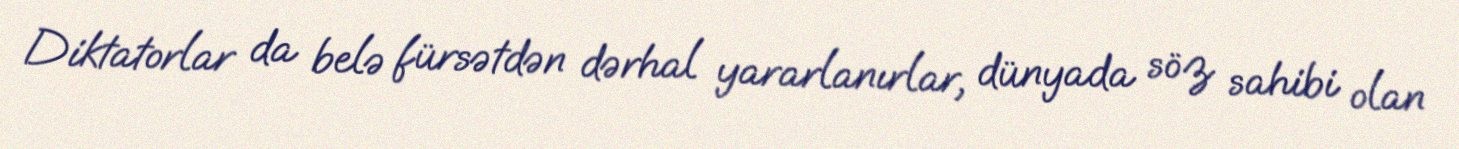
Diktatorlar da belə fürsətdən dərhal yararlanırlar, dünyada söz sahibi olan